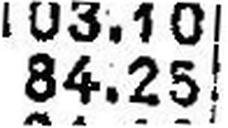
84.25